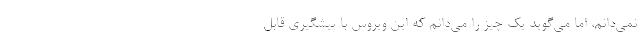
نمی‌دانم، اما می‌گوید یک چیز را می‌دانم که این ویروس با پیشگیری قابل